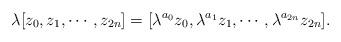
LaTeX: \begin{align*} \lambda [z_0, z_1, \cdots, z_{2n}]=[\lambda^{a_0}z_0, \lambda^{a_1}z_1, \cdots, \lambda^{a_{2n}}z_{2n}]. \end{align*}